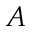
A